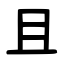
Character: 且